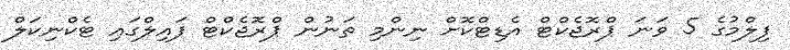
ފިލްމުގެ 5 ވަނަ ޕްރޮޖެކްޓް އެޑިޓްކޮށް ނިންމި ތަނުން ޕްރޮޖެކްޓް ފައިލްގައި ޓެކްނިކަލް